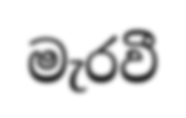
මැරවී